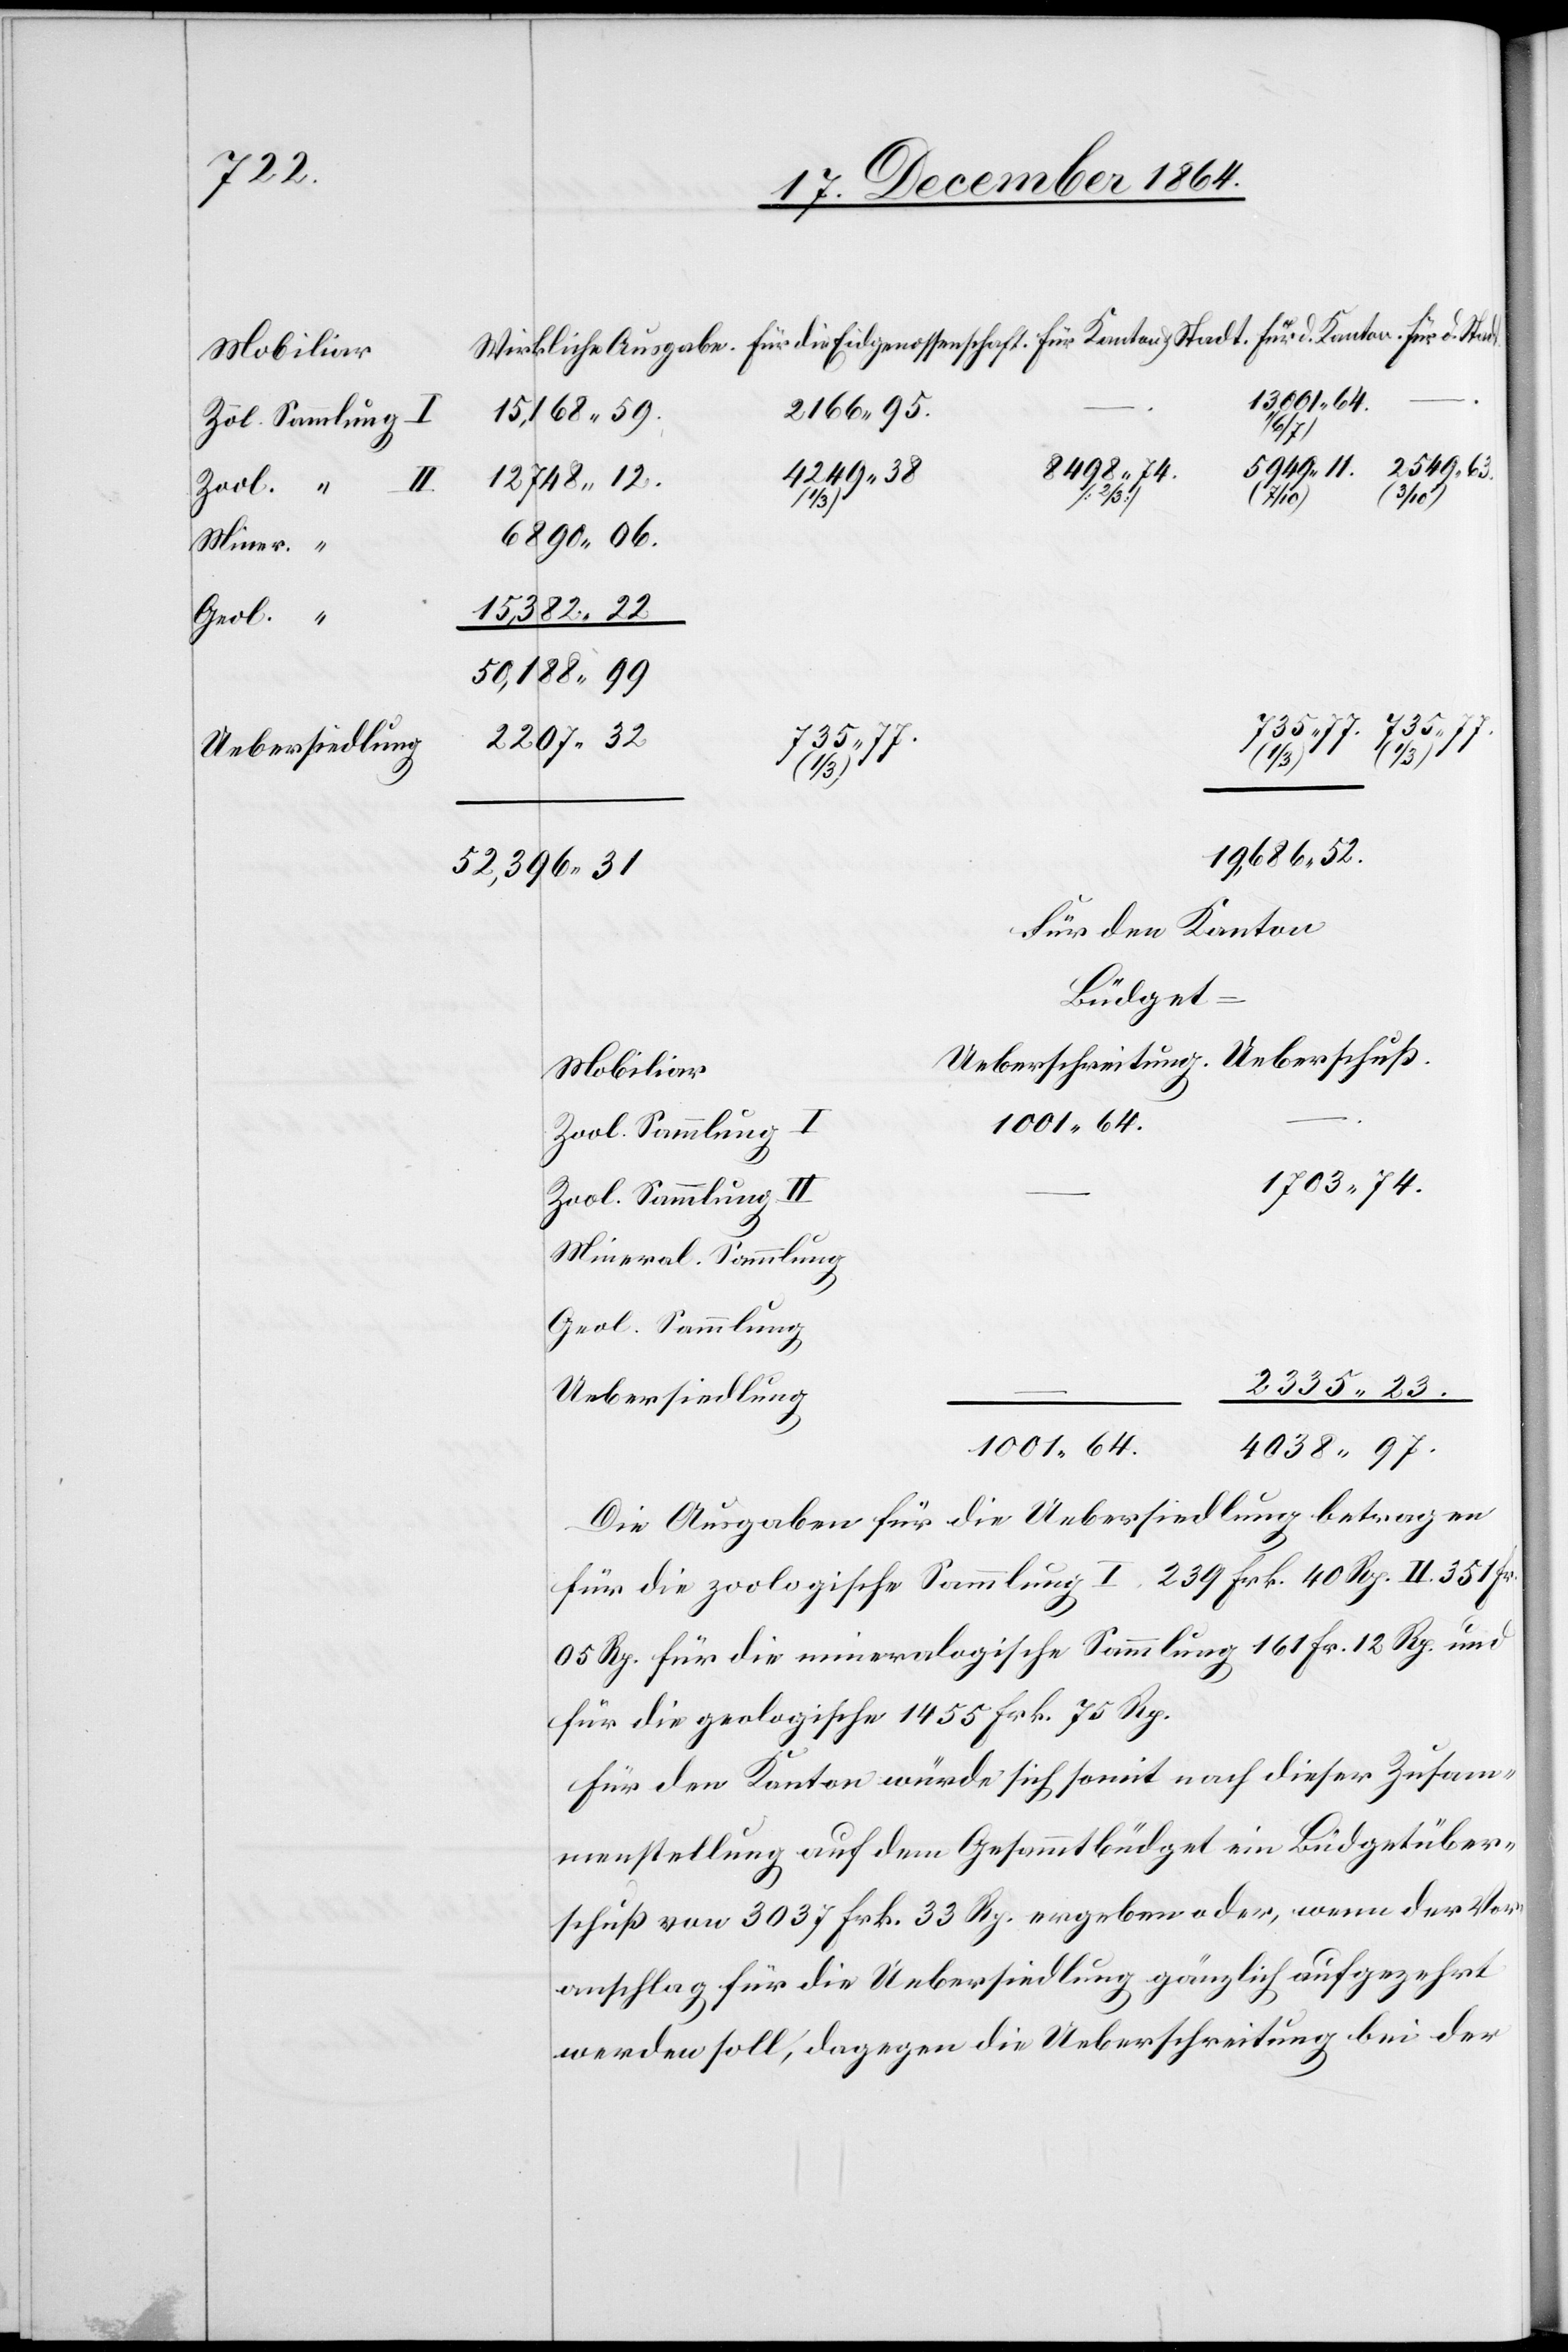
Zool. “
Miner. “
Geol. “

13,001.64.
2 166.95.
15,168.59.
498.74.
Stadt.
Ueberschreit¬
12 748.12.
(3/10)
6 890.06.
15,382.22
50,188.99
2 207.32
735.77.
949.11.
ung.
19,686.52.
52,396.31
Für den Kanton
–
Büdget
Mobiliar
1 001.64.
Zool. Sammlung II
1 703.74.
Mineral. Sammlung
Geol. Sammlung
2 335.23.
Uebersiedlung
4 038.97.
Die Ausgaben für die Uebersiedlung betragen
für die zoologische Sammlung I. 239 Frk. 40 Rp. II. 351 Fr.
05 Rp. für die mineralogische Sammlung 161 Fr. 12 Rp. und
für die geologische 1 455 Frk. 75 Rp.
Für den Kanton würde sich somit nach dieser Zusam¬
menstellung auf dem Gesammtbüdget ein Büdgetüber¬
schuß von 3 037 Frk. 33 Rp. ergeben oder, wenn der Vor¬
anschlag für die Uebersiedlung gänzlich aufgezehrt
werden soll, dagegen die Ueberschreitung bei der